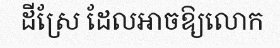
ដីស្រែ ដែលអាចឱ្យលោក